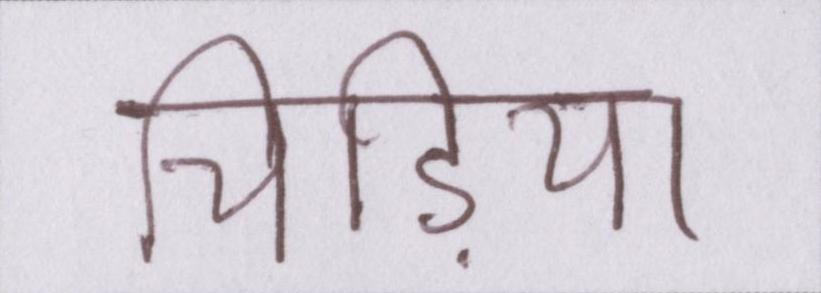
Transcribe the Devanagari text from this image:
चिड़िया